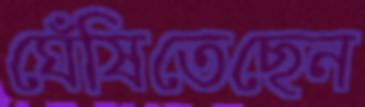
ঘেঁষিতেছেন